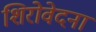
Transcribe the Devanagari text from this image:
शिरोवेदना